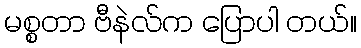
မစ္စတာ ဗီနဲလ်က ပြောပါ တယ်။